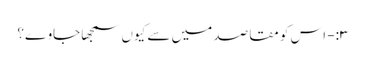
۳:- اس کو مقاصد میں سے کیوں سمجھا جاوے؟